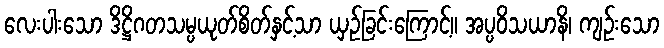
လေးပါးသော ဒိဋ္ဌိဂတသမ္ပယုတ်စိတ်နှင့်သာ ယှဉ်ခြင်းကြောင့်။ အပ္ပဝိသယာနိ၊ ကျဉ်းသော